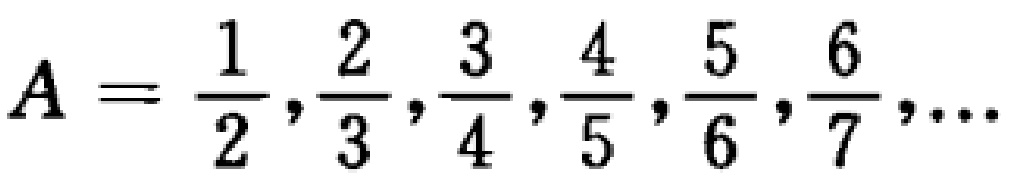
$A = \frac{1}{2},\frac{2}{3},\frac{3}{4},\frac{4}{5},\frac{5}{6},\frac{6}{7},\cdots$